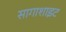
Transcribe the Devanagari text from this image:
सागाशाइट